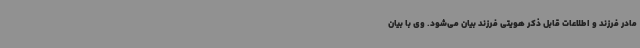
مادر فرزند و اطلاعات قابل ذکر هویتی فرزند بیان می‌شود. وی با بیان